Report on lock hospitals in British Burma
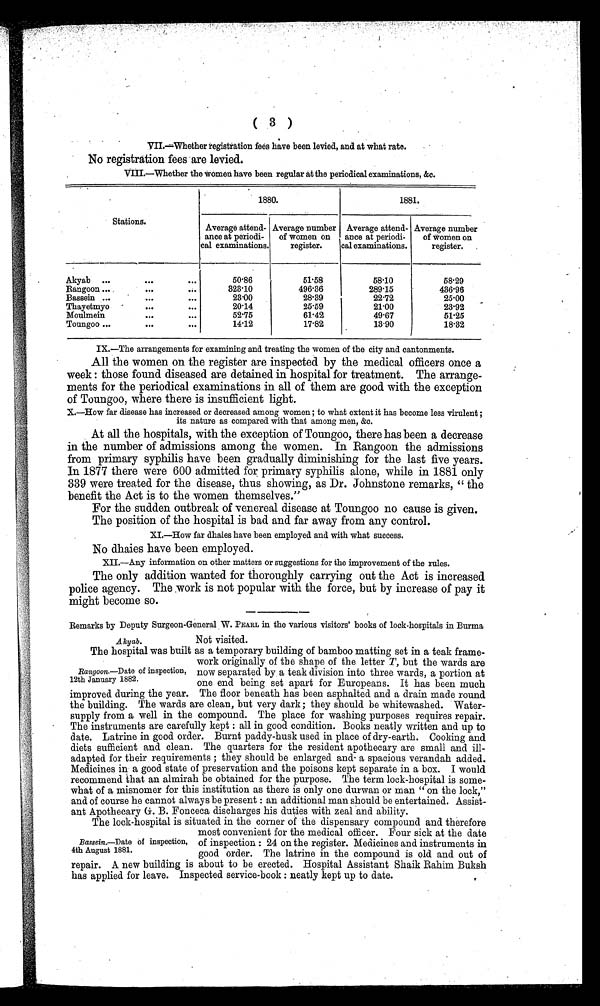
( 3 )
V I I . — W h e t h e r r e g i s t r a t i o n f e e s h a v e b e e n l e v i e d , a n d a t w h a t r a t e .
No registration fees are levied.
VIII.—Whether the women have been regular at the periodical examinations, &c.
Stations.
1880.
1881.
Average attend-
ance at periodi-
cal examinations.
Average number
of women on
register.
Average attend-
ance at periodi-
cal examinations.
Average number
of women on
register.
Akyab
...
. . .
. . .
50.86
51.58
58.10
58.29
Rangoon ... ,
. . .
. . .
323.10
496.36
289.15
436.96
Bassein ...
. . .
. . .
23.00
28.39
22.72
25.00
Thayetmyo
-
. . .
. . .
20.14
25.59
21.00
23.92
Moulmein
. . .
. . .
52.75
61.42
49.67
51.25
Toungoo ...
. . .
. . .
14.12
17.82
13.90
18.32
IX.—The arrangements for examining and treating the women of the city and cantonments.
All the women on the register are inspected by the medical officers once a
week : those found diseased are detained in hospital for treatment. The arrange-
ments for the periodical examinations in all of them are good with the exception
of Toungoo, where there is insufficient light.
X.—How far disease has increased or decreased among women ; to what extent it has become less virulent ;
its nature as compared with that among men, &c.
At all the hospitals, with the exception of Toungoo, there has been a decrease
in the number of admissions among the women. In Rangoon the admissions
from primary syphilis have been gradually diminishing for the last five years.
In 1877 there were 600 admitted for primary syphilis alone, while in 1881 only
339 were treated for the disease, thus showing, as Dr. Johnstone remarks, " the
benefit the Act is to the women themselves."
For the sudden outbreak of venereal disease at Toungoo no cause is given.
The position of the hospital is bad and far away from any control.
XI.—How far dhaies have been employed and with what success.
No dhaies have been employed.
XII.—Any information on other matters or suggestions for the improvement of the rules.
The only addition wanted for thoroughly carrying out the Act is increased
pol i ce agency. The . wor k i s not popul ar wi t h t he f or ce, but by i ncr ease of pay i t
might become so.
Remarks by Deputy Surgeon-General W. PEARL in the various visitors' books of lock-hospitals in Burma
Akyab.
Not visited.
The hospital was built as a temporary building of bamboo matting set in a teak frame-
work originally of the shape of the letter T, but the wards are
now separated by, a teak division into three wards, a portion at
one end being set apart for Europeans. It has been much
improved during the year. The floor beneath has been asphalted and a drain made round
the building. The wards are clean, but very dark; they should be whitewashed. Water-
supply from a well in the compound. The place for washing purposes requires repair.
The instruments are carefully kept : all in good condition. Books neatly written and up to
date. Latrine in good order. Burnt paddy-husk used in place of dry-earth. Cooking and
diets sufficient and clean. The quarters for the resident apothecary are small and ill-
adapted for their requirements ; they should be enlarged and a spacious verandah added.
Medicines in a good state of preservation and the poisons kept separate in a box. I would
recommend that an almirah be obtained for the purpose. The term lock-hospital is some-
what of a misnomer for this institution as there is only one durwan or man " on the lock,"
and of course he cannot always be present : an additional man should be entertained. Assist-
ant Apothecary G. B. Fonceca discharges his duties with zeal and ability.
The lock-hospital is situated in the corner of the dispensary compound and therefore
most convenient for the medical officer. Four sick at the date
of inspection : 24 on the register. Medicines and instruments in
good order. The latrine in the compound is old and out of
repair. A new building is about to be erected. Hospital Assistant Shaik Rahim Buksh
has applied for leave. Inspected service-book : neatly kept up to date.
Rangoon.—Date of inspection,
12th January 1882.
Bassein.—Date of inspection,
4th August 1881.